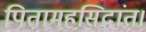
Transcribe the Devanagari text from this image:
पितामहसिद्धांत।